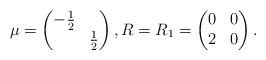
\begin{align*} \mu=\begin{pmatrix} -\frac12 & \\ & \frac12 \end{pmatrix}, R=R_1=\begin{pmatrix} 0 & 0 \\ 2 & 0 \end{pmatrix}. \end{align*}